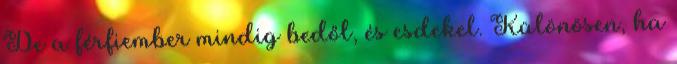
De a férfiember mindig bedől, és esdekel. Különösen, ha